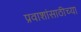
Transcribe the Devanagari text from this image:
प्रवाशांसाठीच्या